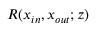
R ( x _ { i n } , x _ { o u t } ; z )